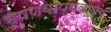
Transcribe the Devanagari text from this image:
भूषणवाप्यवाप्य